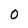
Character: O